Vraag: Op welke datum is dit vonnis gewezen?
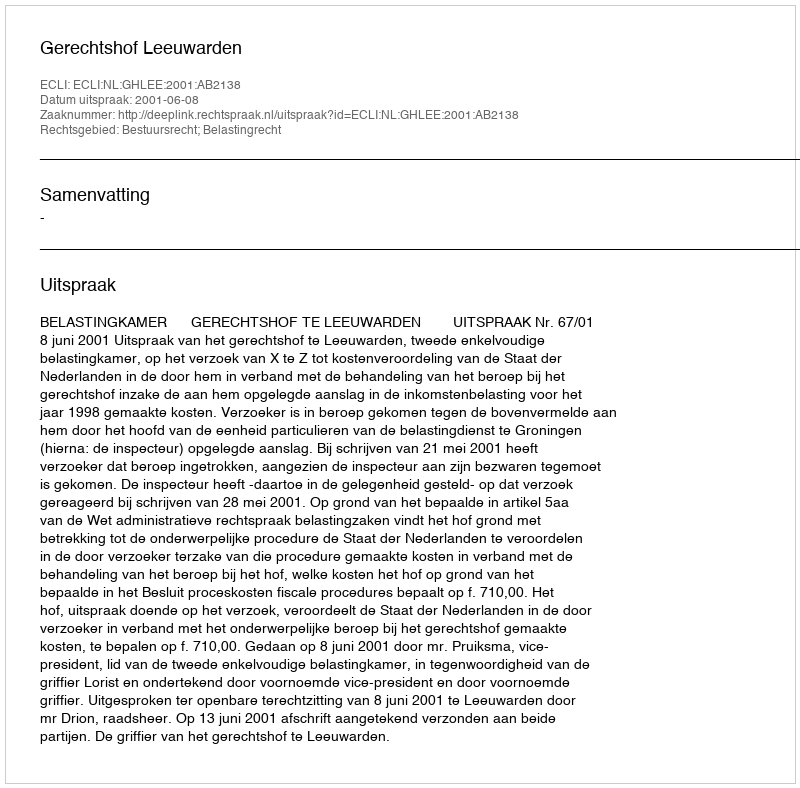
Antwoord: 2001-06-08